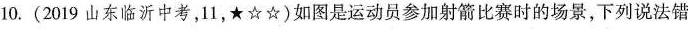
10.(2019山东临沂中考，11，★☆☆)如图是运动员参加射箭比赛时的场景，下列说法错